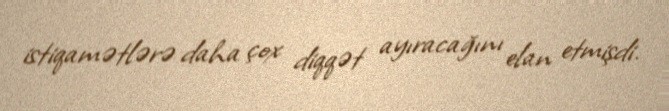
istiqamətlərə daha çox diqqət ayıracağını elan etmişdi.